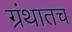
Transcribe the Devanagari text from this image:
ग्रंथातच